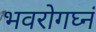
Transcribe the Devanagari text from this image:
भवरोगघ्नं